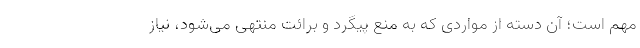
مهم است؛ آن دسته از مواردی که به منع پیگرد و برائت منتهی می‌شود، نیاز